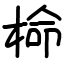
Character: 椧